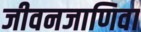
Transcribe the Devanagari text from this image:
जीवनजाणिवा